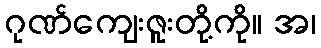
ဂုဏ်ကျေးဇူးတို့ကို။ အ၊